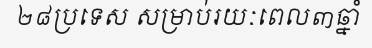
២៨ប្រទេស សម្រាប់រយៈពេល៣ឆ្នាំ